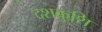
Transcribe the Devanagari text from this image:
दशकुशि